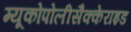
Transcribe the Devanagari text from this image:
म्यूकोपोलीसैक्केराइड